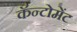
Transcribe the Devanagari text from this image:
कॅन्टोमेंट